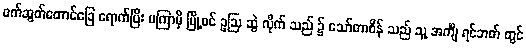
ဖက်ဆွတ်တောင်ခြေ ရောက်ပြီး မကြာမှီ မြို့ဝင် ဥဩ ဆွဲ လိုက် သည် ၌ သော်တာစိန် သည် သူ့ အင်္ကျီ ရင်ဘတ် တွင်